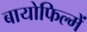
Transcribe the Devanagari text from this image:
बायोफिल्में